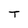
Character: T